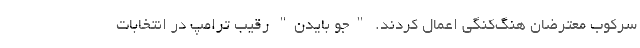
سرکوب معترضان هنگ‌کنگی اعمال کردند. "جو بایدن" رقیب ترامپ در انتخابات